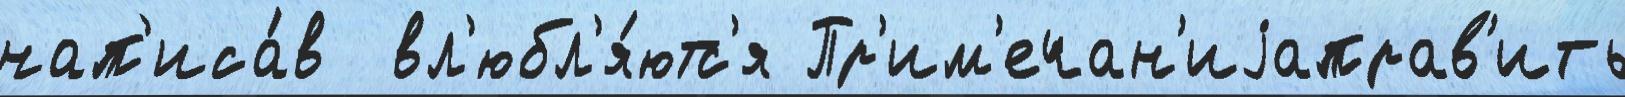
нап'иса́в  вл'юбл'я́ютс'я Пр'им'ечан'иjаправ'ить